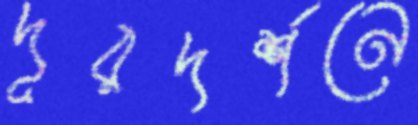
দূরদর্শনে